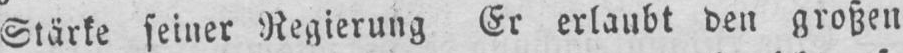
Stärke seiner Regierung Er erlaubt den großen